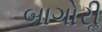
બાગોરીૢ